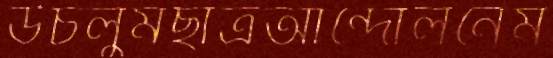
উচলুমছাত্রআন্দোলনেম